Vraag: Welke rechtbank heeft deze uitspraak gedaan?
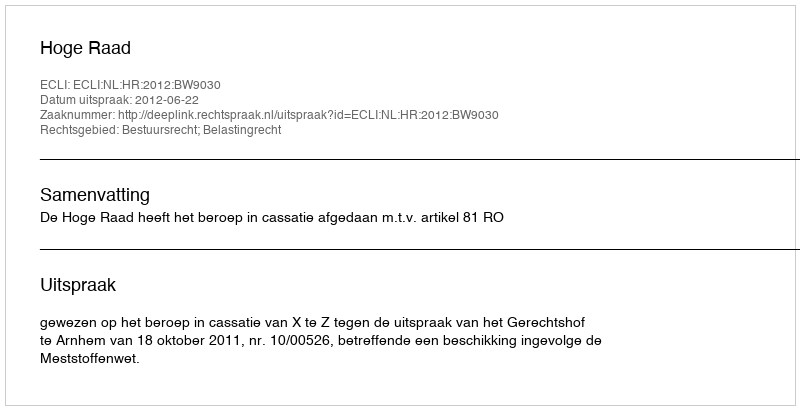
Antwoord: Hoge Raad